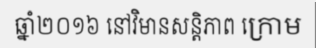
ឆ្នាំ២០១៦ នៅវិមានសន្តិភាព ក្រោម